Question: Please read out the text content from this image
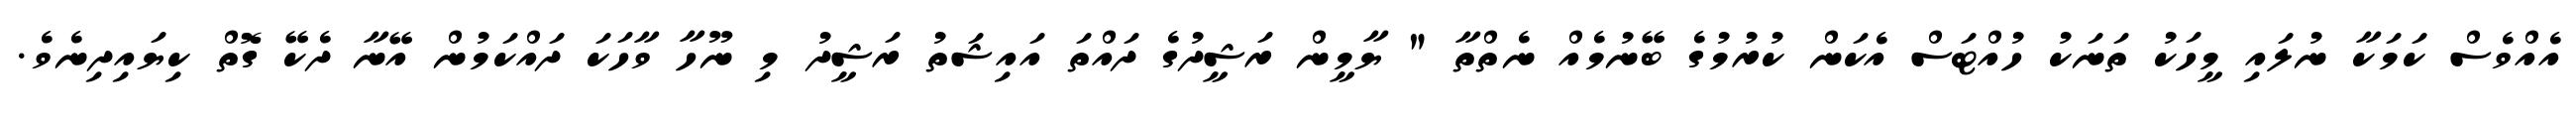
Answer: އެއްވެސް ކަމަކާ ނުލައި މީހަކު ތަނަކު ހުއްޓަސް އެކަން ކުރުމުގެ ބޭނުމެއް ނެތްތާ " ޔާމީން ރަޝީދުގެ ދައްތަ އައިޝަތު ރަޝީދު މި ނޫހާ ވާހަކަ ދައްކަމުން އޭނާ ދެކޭ ގޮތް ކިޔައިދިނެވެ.